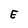
Character: E